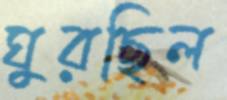
ঘুরছিল